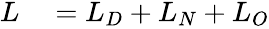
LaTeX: \begin{array}{rl}{L}&{{}=L_{D}+L_{N}+L_{O}}\end{array}